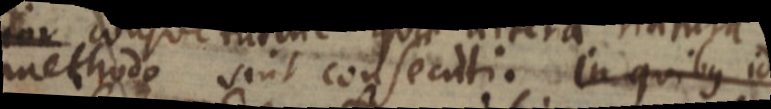
methodo sint consecuti. in quibus id